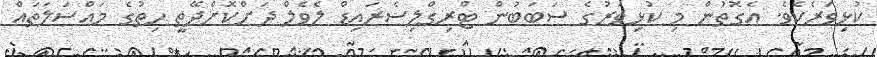
ކުޅިވަރެކެވެ. އެގޮތުން މި ކުޅިވަރުގެ ސަބަބުން ޓްރިގްލިސެރައިޑް ލެވެލް ދަށްކޮށްދޭތީ ހިތުގެ މައްސަލަތައް